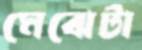
মেঝেটা